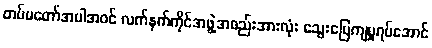
တပ်မတော်အပါအဝင် လက်နက်ကိုင်အဖွဲ့အစည်းအားလုံး သွေးမြေကျမှုရပ်အောင်